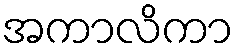
အကာလိကာ